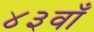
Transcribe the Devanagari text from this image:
४३वाँ